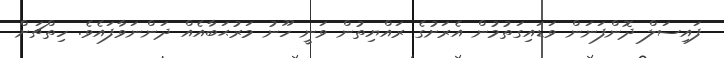
ފައިސަލް ދޮންފަނަން ވަޑައިގަތުމުން އެރަށުގެ ރައްޔިތުން ވަނީ ހޫނު މަރުޙަބާއެއް ދަންނަވާފައެވެ. ހިތްޗަށް